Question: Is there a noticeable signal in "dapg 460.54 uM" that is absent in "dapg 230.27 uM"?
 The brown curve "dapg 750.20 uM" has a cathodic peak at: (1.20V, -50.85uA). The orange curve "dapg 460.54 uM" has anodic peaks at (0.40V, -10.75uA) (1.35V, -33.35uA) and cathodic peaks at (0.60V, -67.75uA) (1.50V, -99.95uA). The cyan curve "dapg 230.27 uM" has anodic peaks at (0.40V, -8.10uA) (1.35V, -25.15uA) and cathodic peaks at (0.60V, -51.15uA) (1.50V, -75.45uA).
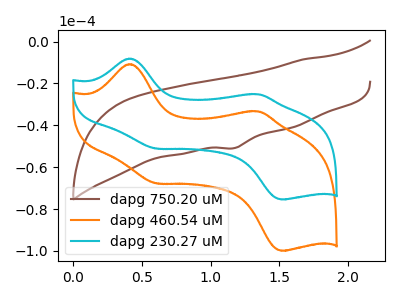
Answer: <think>All the peaks in "dapg 460.54 uM" have a peak in "dapg 230.27 uM" at the same potential.
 </think>
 <answer>No, "dapg 460.54 uM" and "dapg 230.27 uM" don't appear to be significantly different in shape</answer>
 <eval>no_change</eval>